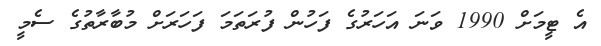
އެ ޓީމަށް 1990 ވަނަ އަހަރުގެ ފަހުން ފުރަތަމަ ފަހަރަށް މުބާރާތުގެ ސެމީ